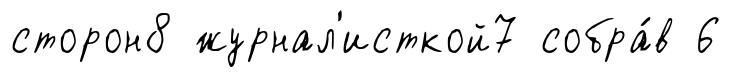
сторон8 журнал'исткой7 собра́в 6